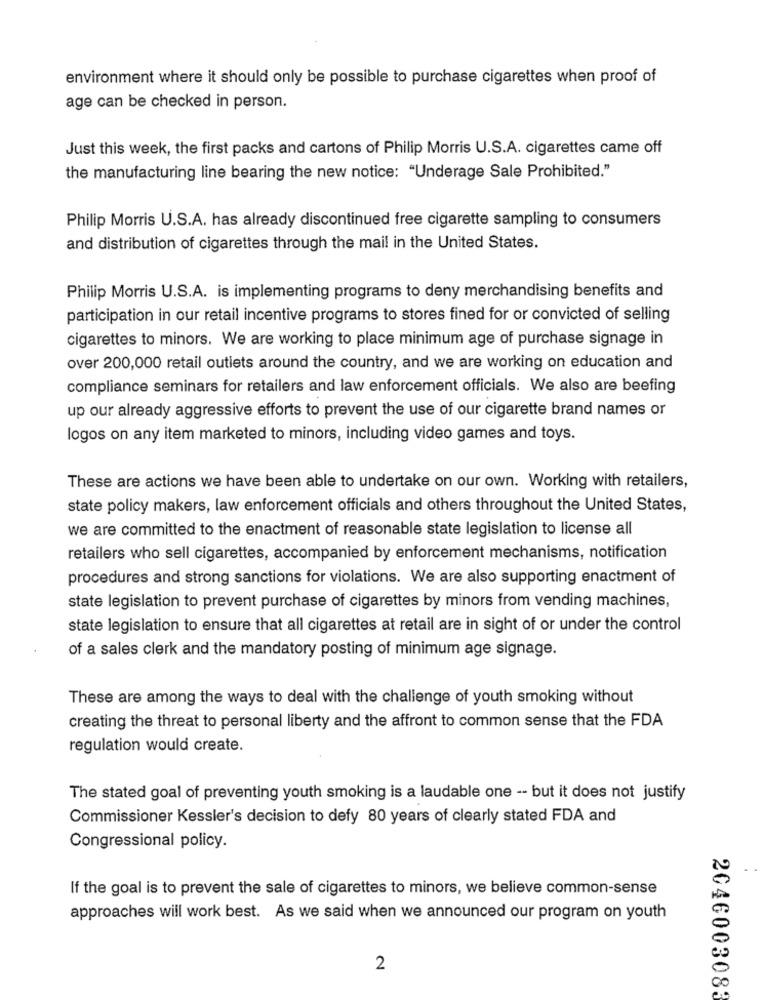
environment where it should only be possible to purchase cigarettes when proof of
age can be checked in person.
Just this week, the first packs and cartons of Philip Morris U.S.A. cigarettes came off
the manufacturing line bearing the new notice: "Underage Sale Prohibited."
Philip Morris U.S.A. has already discontinued free cigarette sampling to consumers
and distribution of cigarettes through the mail in the United States.
Philip Morris U.S.A. is implementing programs to deny merchandising benefits and
participation in our retail incentive programs to stores fined for or convicted of selling
cigarettes to minors. We are working to place minimum age of purchase signage in
over 200,000 retail outlets around the country, and we are working on education and
compliance seminars for retailers and law enforcement officials. We also are beefing
up our already aggressive efforts to prevent the use of our cigarette brand names or
logos on any item marketed to minors, including video games and toys.
These are actions we have been able to undertake on our own. Working with retailers,
state policy makers, law enforcement officials and others throughout the United States,
we are committed to the enactment of reasonable state legislation to license all
retailers who sell cigarettes, accompanied by enforcement mechanisms, notification
procedures and strong sanctions for violations. We are also supporting enactment of
state legislation to prevent purchase of cigarettes by minors from vending machines,
state legislation to ensure that all cigarettes at retail are in sight of or under the control
of a sales clerk and the mandatory posting of minimum age signage.
These are among the ways to deal with the challenge of youth smoking without
creating the threat to personal liberty and the affront to common sense that the FDA
regulation would create.
The stated goal of preventing youth smoking is a laudable one -- but it does not justify
Commissioner Kessler's decision to defy 80 years of clearly stated FDA and
Congressional policy.
If the goal is to prevent the sale of cigarettes to minors, we believe common-sense
approaches will work best. As we said when we announced our program on youth
2
2046003083